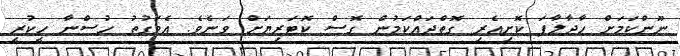
ނޫންކަމަށް ހާދާލާފަ ކޮށިއެރި ގޮތްދައްކަމުން ގޮސް ކޮޓަރިޔަށް ވަނެވެ. އެވަގުތު ހުސްނާ ހީކުރީ